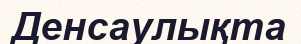
Денсаулықта